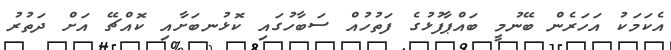
އެކަމަކު އަހަރެން ބޭނުމީ ބައްޕާފުޅުގެ ފަތުހުއް ސަބާހުގައި ކޮޅުނބަށާއި ކޮއްޗޭ އަށް ދަތުރު